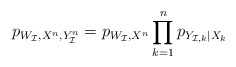
\begin{align*}p_{W_\mathcal{I}, X^n, Y_\mathcal{I}^n} = p_{W_\mathcal{I},X^n}\prod_{k=1}^n p_{Y_{\mathcal{I},k}|X_k} \end{align*}